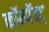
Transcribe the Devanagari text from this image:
कॉम्पॅक्ट्